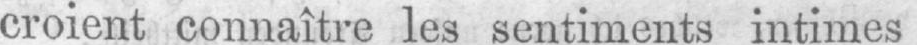
croient connaître les sentiments intimes